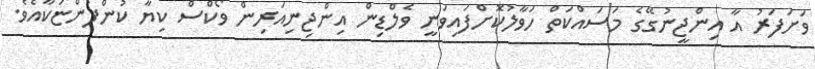
ވަށަފަރު އާ އިންޖީނުގޭގެ މަސައްކަތް ހަވާލުކޮށްފައިވަނީ ވެލްޑިން އިންޖިނިއަރިން ވޯކްސް ކިޔާ ކުންފުންޏަކާއެވެ.